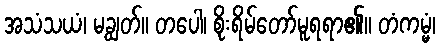
အသံသယံ၊ မချွတ်။ တပေါ၊ စိုးရိမ်တော်မူရရာ၏။ တံကမ္မံ၊